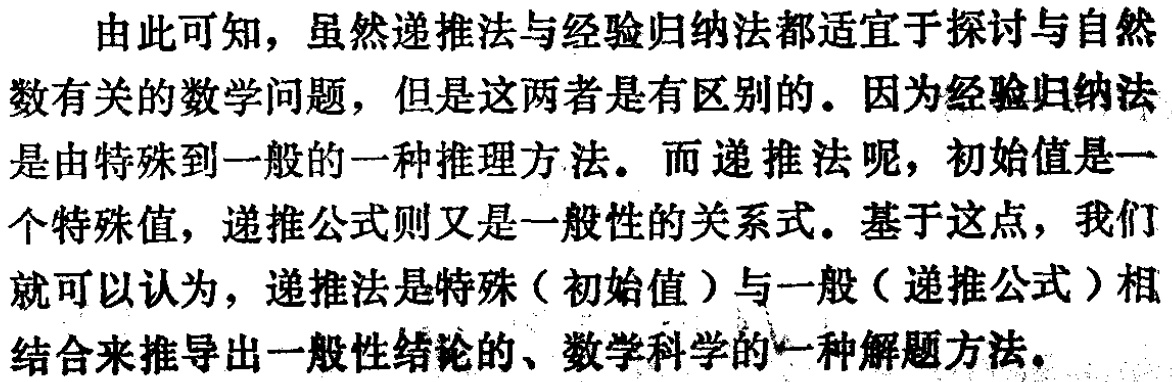
由此可知，虽然递推法与经验归纳法都适宜于探讨与自然数有关的数学问题，但是这两者是有区别的。因为经验归纳法是由特殊到一般的一种推理方法。而递推法呢，初始值是一个特殊值，递推公式则又是一般性的关系式。基于这点，我们就可以认为，递推法是特殊（初始值）与一般（递推公式）相结合来推导出一般性结论的、数学科学的一种解题方法。